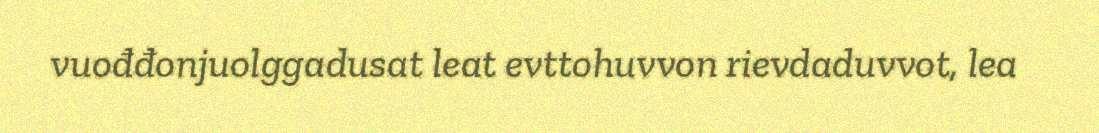
vuođđonjuolggadusat leat evttohuvvon rievdaduvvot, lea